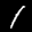
Label: 1